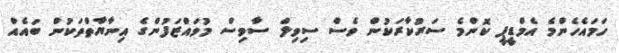
ހަމައެހެންމެ އެމްޑީޕީ ކޮންމެ ސަރުކާރަކުން ވެސް ސިވިލް ސާވިސް މުވައްޒަފުންގެ އިނާޔާތްތަކުން ބައެއް